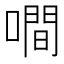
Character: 㗴